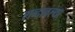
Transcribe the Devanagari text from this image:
शब्दावल्या